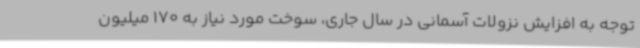
توجه به افزایش نزولات آسمانی در سال جاری، سوخت مورد نیاز به 170 میلیون